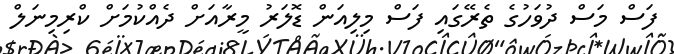
ފަސް މަސް ދުވަހުގެ ތެރޭގައި ފަސް މިލިއަން ޑޮލަަރު މީރާއަށް ދެއްކުމަށް ކްރިމިނަލް